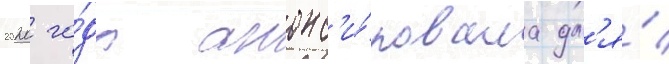
2020 го́да анонс'и́ровала дл'я́